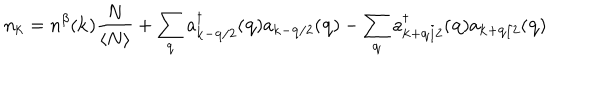
LaTeX: n _ { { \bf { k } } } = n ^ { \beta } ( { \bf { k } } ) \frac { N } { \langle N \rangle } + \sum _ { { \bf { q } } } a _ { { \bf { k } } - { \bf { q } } / 2 } ^ { \dagger } ( { \bf { q } } ) a _ { { \bf { k } } - { \bf { q } } / 2 } ( { \bf { q } } ) - \sum _ { { \bf { q } } } a _ { { \bf { k } } + { \bf { q } } / 2 } ^ { \dagger } ( { \bf { q } } ) a _ { { \bf { k } } + { \bf { q } } / 2 } ( { \bf { q } } )